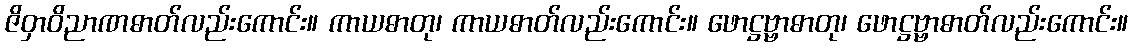
ဇိဝှာဝိညာဏဓာတ်လည်းကောင်း။ ကာယဓာတု၊ ကာယဓာတ်လည်းကောင်း။ ဖောဋ္ဌဗ္ဗာဓာတု၊ ဖောဋ္ဌဗ္ဗာဓာတ်လည်းကောင်း။